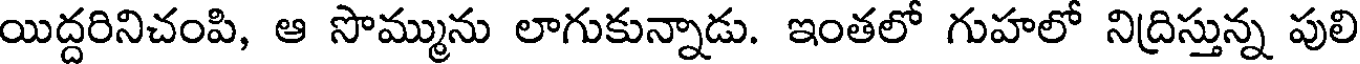
యిద్దరినిచంపి, ఆ సొమ్మును లాగుకున్నాడు. ఇంతలో గుహలో నిద్రిస్తున్న పులి